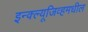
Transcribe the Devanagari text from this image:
इन्क्ल्यूजिव्हमधील